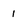
Character: 1